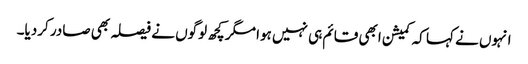
انہوں نے کہا کہ کمیشن ابھی قائم ہی نہیں ہوا مگر کچھ لوگوں نے فیصلہ بھی صادر کردیا۔